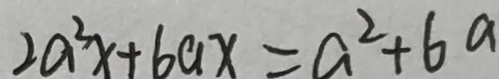
2 a ^ { 2 } x + 6 a x = a ^ { 2 } + 6 a